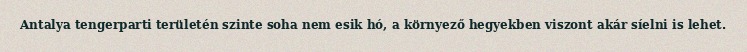
Antalya tengerparti területén szinte soha nem esik hó, a környező hegyekben viszont akár síelni is lehet.